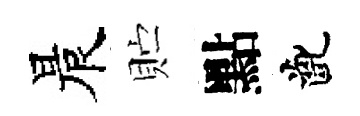
晨贮點齔